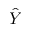
\hat { Y }